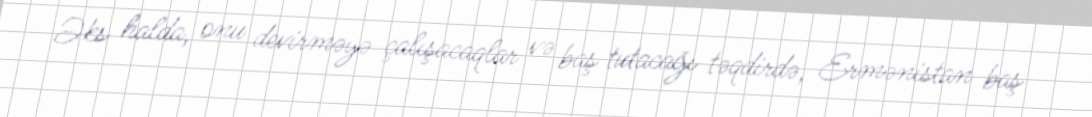
Əks halda, onu devirməyə çalışacaqlar və baş tutacağı təqdirdə, Ermənistan baş